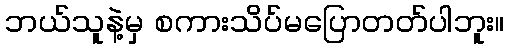
ဘယ်သူနဲ့မှ စကားသိပ်မပြောတတ်ပါဘူး။